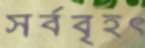
সর্ববৃহৎ